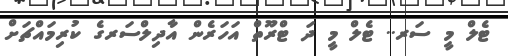
ޓެލް މީ ސަރ.. ޓެލް މީ ދަ ޓްރޫތް އަހަރެން އާދިލްސަރގެ ކުރިމައްޗަށް